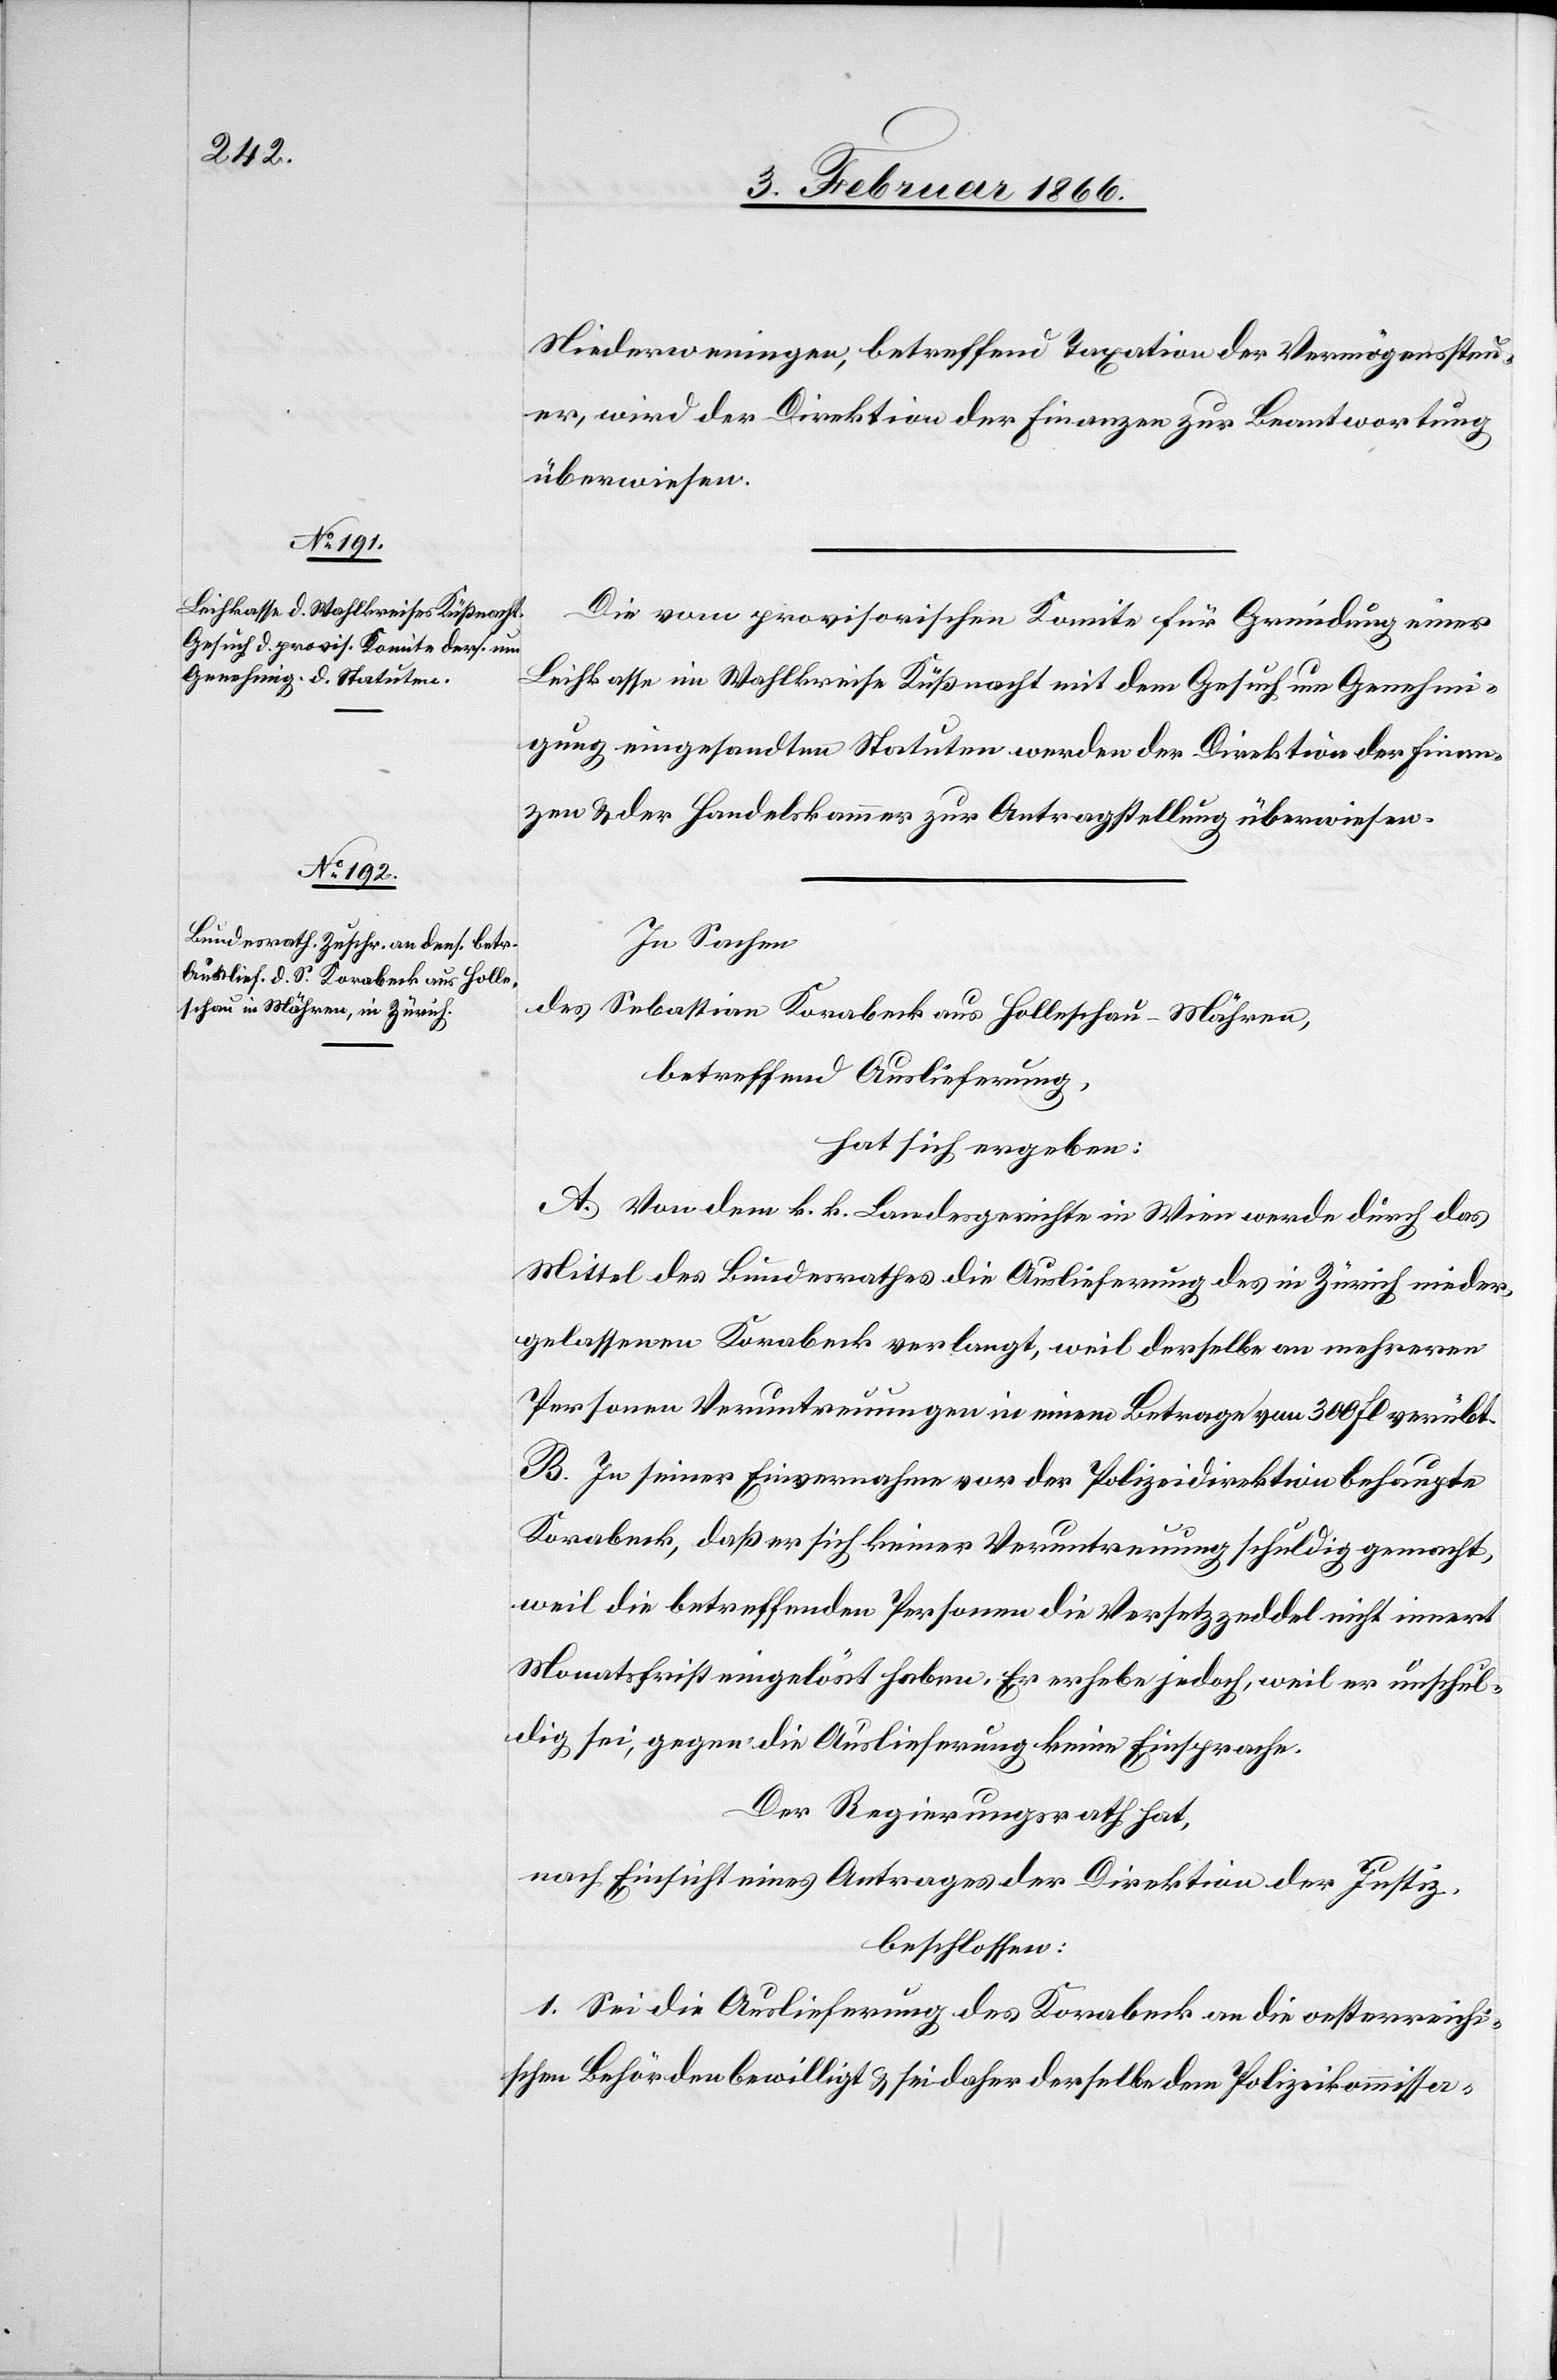
5. Februar 1866.]
Niederweningen, betreffend Taxation der Vermögenssteu¬
er, wird der Direktion der Finanzen zur Beantwortung
überwiesen.
Die vom provisorischen Komite für Gründung einer
Leihkasse im Wahlkreise Küßnacht mit dem Gesuch um Genehmi¬
gung eingesandten Statuten werden der Direktion der Finan¬
zen u. der Handelskammer zur Antragstellung überwiesen.
In Sachen,
des Sebastian Karabeck aus Holleschau-Mähren,
betreffend Auslieferung,
hat sich ergeben:
A. Von dem k. k. Landesgerichte in Wien werde durch das
Mittel des Bundesrathes die Auslieferung des in Zürich nieder¬
gelassenen Korabeck [sic!] verlangt, weil derselbe an mehreren
Personen Veruntreuungen in einem Betrage von 300 fl. verübt.
B. In seiner Einvernahme vor der Polizeidirektion behaupte
Korabeck, daß er sich keiner Veruntreuung schuldig gemacht,
weil die betreffenden Personen die Versetzzeddel nicht innert
Monatsfrist eingelöst haben. Er erhebe jedoch, weil er unschul¬
dig sei, gegen die Auslieferung keine Einsprache.
Der Regierungsrath hat,
nach Einsicht eines Antrages der Direktion der Justiz,
beschlossen:
1. Sei die Auslieferung des Korabeck an die oesterreichi¬
schen Behörden bewilligt u. sei daher derselbe dem Polizeikommissa-